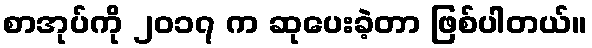
စာအုပ်ကို ၂၀၁၇ က ဆုပေးခဲ့တာ ဖြစ်ပါတယ်။